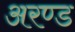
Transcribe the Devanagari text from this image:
अरण्ड